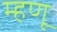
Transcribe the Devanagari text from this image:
म्‍हणू